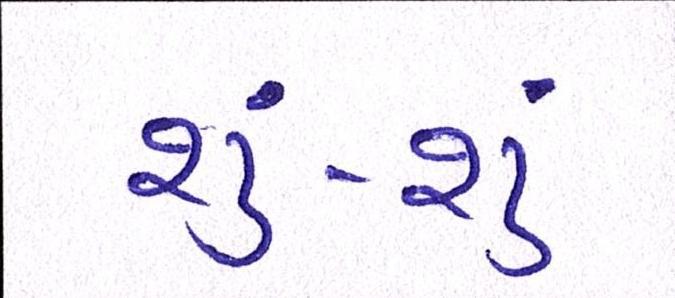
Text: શું-શું